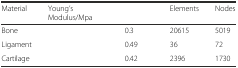
<table><thead><tr><td><b>Material</b></td><td><b>Young’s Modulus/Mpa</b></td><td>[EMPTY_CELL]</td><td><b>Elements</b></td><td><b>Nodes</b></td></tr></thead><tbody><tr><td>Bone</td><td>[EMPTY_CELL]</td><td>0.3</td><td>20615</td><td>5019</td></tr><tr><td>Ligament</td><td>[EMPTY_CELL]</td><td>0.49</td><td>36</td><td>72</td></tr><tr><td>Cartilage</td><td>[EMPTY_CELL]</td><td>0.42</td><td>2396</td><td>1730</td></tr></tbody></table>